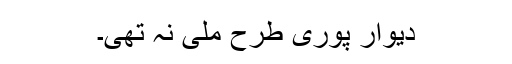
دیوار پوری طرح ملی نہ تھی۔